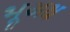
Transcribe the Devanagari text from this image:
भूअक्ष